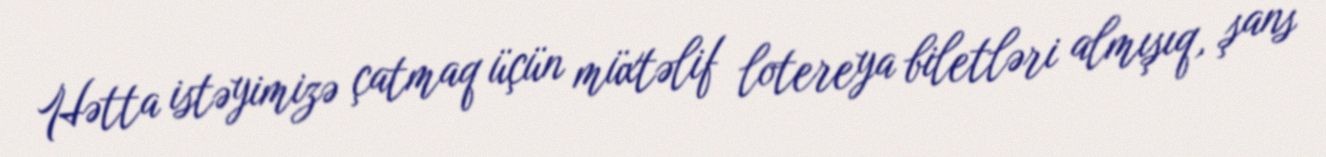
Hətta istəyimizə çatmaq üçün müxtəlif lotereya biletləri almışıq, şans